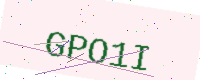
Text: GPO1I